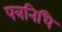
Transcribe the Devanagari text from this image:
पत्रनिधि